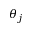
\theta _ { j }